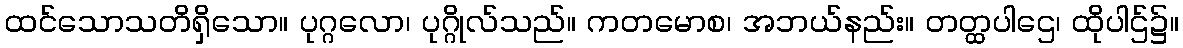
ထင်သောသတိရှိသော။ ပုဂ္ဂလော၊ ပုဂ္ဂိုလ်သည်။ ကတမောစ၊ အဘယ်နည်း။ တတ္ထပါဌေ၊ ထိုပါဌ်၌။